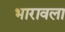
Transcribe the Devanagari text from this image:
भारावला